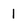
Character: 1